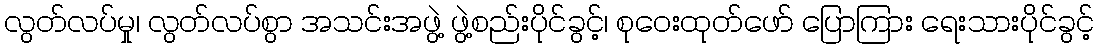
လွတ်လပ်မှု၊ လွတ်လပ်စွာ အသင်းအဖွဲ့ ဖွဲ့စည်းပိုင်ခွင့်၊ စုဝေးထုတ်ဖော် ပြောကြား ရေးသားပိုင်ခွင့်